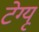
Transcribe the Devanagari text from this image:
टेग्यू